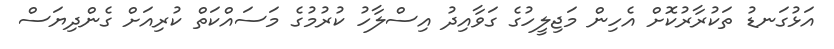
އަޅުގަނޑު ތަކުރާރުކޮށް އެހިން މަޖިލީހުގެ ގަވާއިދު އިސްލާހު ކުރުމުގެ މަސައްކަތް ކުރިއަށް ގެންދިޔަސް